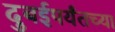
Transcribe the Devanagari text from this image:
दुबईपर्यंतच्या